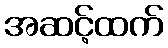
အဆင့်ထက်